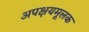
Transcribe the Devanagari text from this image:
अपक्षयमूलक